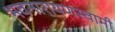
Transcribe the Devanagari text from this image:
भवनारायणस्‍वामी